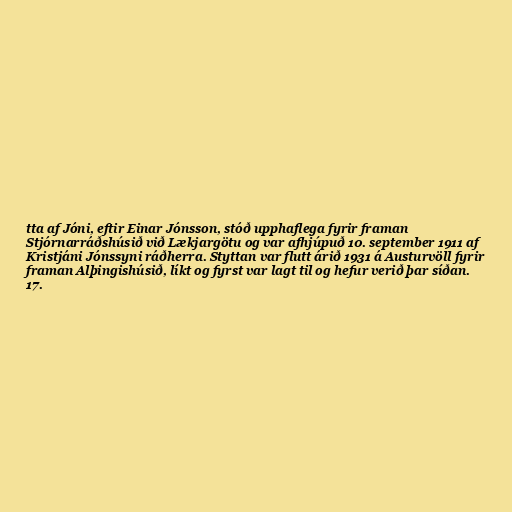
tta af Jóni, eftir Einar Jónsson, stóð upphaflega fyrir framan
Stjórnarráðshúsið við Lækjargötu og var afhjúpuð 10. september 1911 af
Kristjáni Jónssyni ráðherra. Styttan var flutt árið 1931 á Austurvöll fyrir
framan Alþingishúsið, líkt og fyrst var lagt til og hefur verið þar síðan.
17.